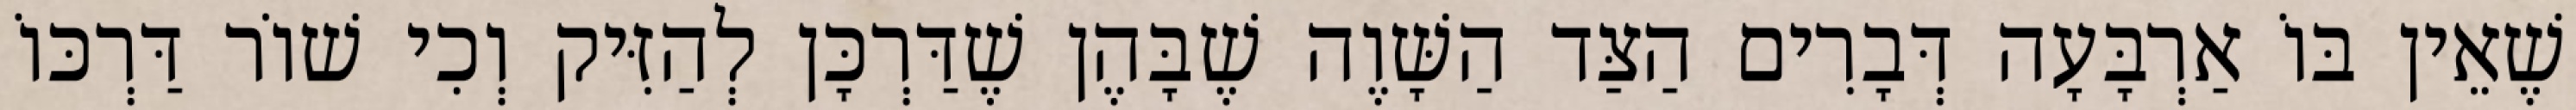
שֶׁאֵין בּוֹ אַרְבָּעָה דְּבָרִים הַצַּד הַשָּׁוֶה שֶׁבָּהֶן שֶׁדַּרְכָּן לְהַזִּיק וְכִי שׁוֹר דַּרְכּוֹ